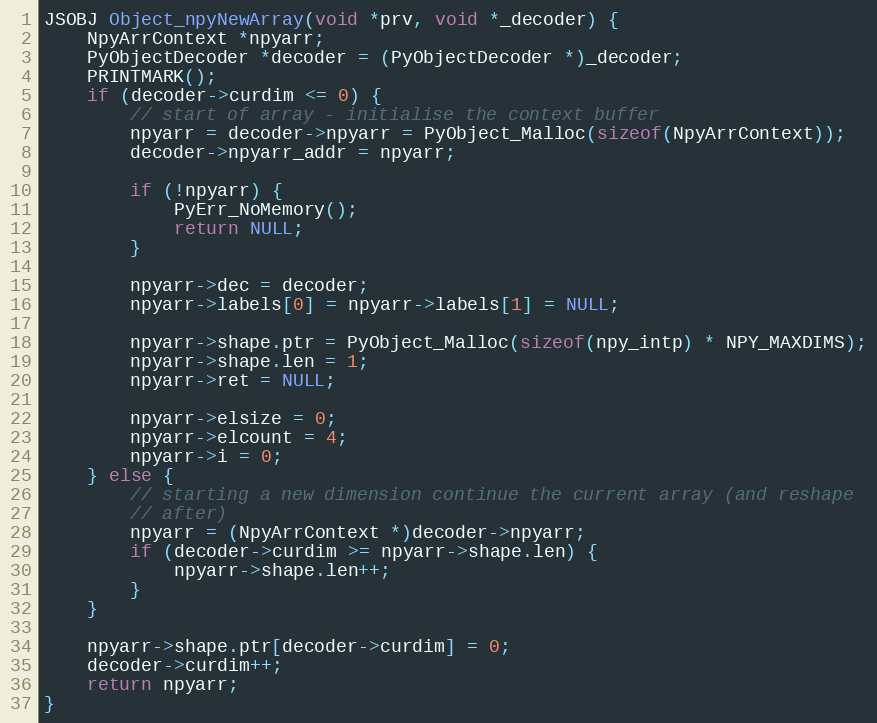
Language: C
JSOBJ Object_npyNewArray(void *prv, void *_decoder) {
    NpyArrContext *npyarr;
    PyObjectDecoder *decoder = (PyObjectDecoder *)_decoder;
    PRINTMARK();
    if (decoder->curdim <= 0) {
        // start of array - initialise the context buffer
        npyarr = decoder->npyarr = PyObject_Malloc(sizeof(NpyArrContext));
        decoder->npyarr_addr = npyarr;

        if (!npyarr) {
            PyErr_NoMemory();
            return NULL;
        }

        npyarr->dec = decoder;
        npyarr->labels[0] = npyarr->labels[1] = NULL;

        npyarr->shape.ptr = PyObject_Malloc(sizeof(npy_intp) * NPY_MAXDIMS);
        npyarr->shape.len = 1;
        npyarr->ret = NULL;

        npyarr->elsize = 0;
        npyarr->elcount = 4;
        npyarr->i = 0;
    } else {
        // starting a new dimension continue the current array (and reshape
        // after)
        npyarr = (NpyArrContext *)decoder->npyarr;
        if (decoder->curdim >= npyarr->shape.len) {
            npyarr->shape.len++;
        }
    }

    npyarr->shape.ptr[decoder->curdim] = 0;
    decoder->curdim++;
    return npyarr;
}